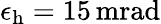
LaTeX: \epsilon_{\mathrm{h}}=15\, \mathrm{mrad}